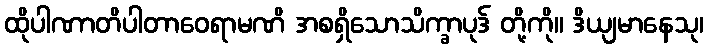
ထိုပါဏာတိပါတာဝေရာမဏိ အစရှိသောသိက္ခာပုဒ် တို့ကို။ ဒိယျမာနေသု၊